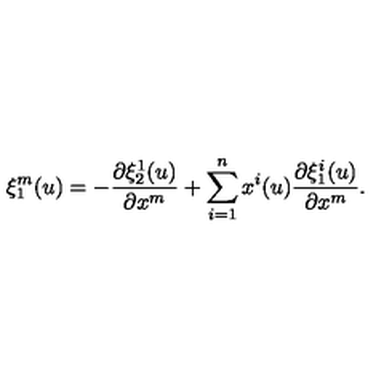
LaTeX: \xi _ { 1 } ^ { m } ( u ) = - \frac { \partial \xi _ { 2 } ^ { 1 } ( u ) } { \partial x ^ { m } } + \sum _ { i = 1 } ^ { n } x ^ { i } ( u ) \frac { \partial \xi _ { 1 } ^ { i } ( u ) } { \partial x ^ { m } } .